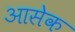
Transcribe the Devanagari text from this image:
आसेक